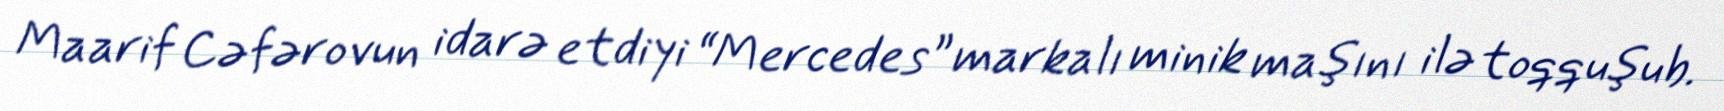
Maarif Cəfərovun idarə etdiyi “Mercedes” markalı minik maşını ilə toqquşub.